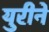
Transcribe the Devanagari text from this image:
युरीने